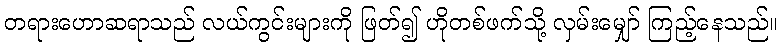
တရားဟောဆရာသည် လယ်ကွင်းများကို ဖြတ်၍ ဟိုတစ်ဖက်သို့ လှမ်းမျှော် ကြည့်နေသည်။